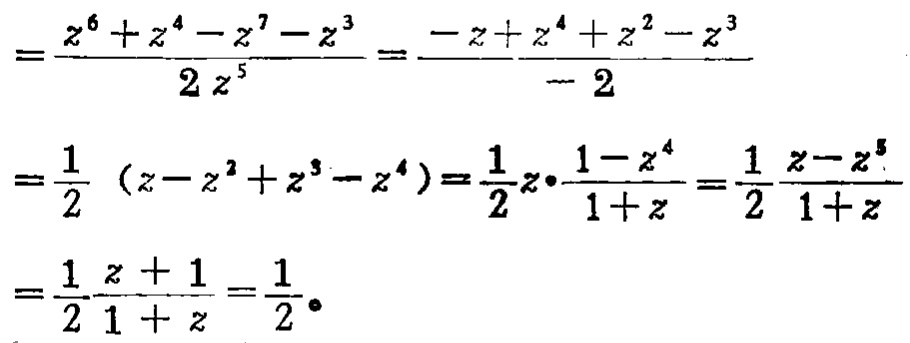
\[
\begin{align*}
&=\frac{z^{6}+z^{4}-z^{7}-z^{3}}{2z^{5}}=\frac{-z + z^{4}+z^{2}-z^{3}}{-2}\\
&=\frac{1}{2}(z - z^{2}+z^{3}-z^{4})=\frac{1}{2}z\cdot\frac{1 - z^{4}}{1 + z}=\frac{1}{2}\frac{z - z^{5}}{1 + z}\\
&=\frac{1}{2}\frac{z + 1}{1 + z}=\frac{1}{2}。
\end{align*}
\]